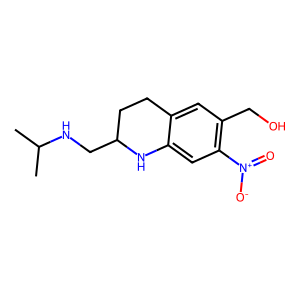
SMILES: CC(C)NCC1CCc2cc(CO)c([N+](=O)[O-])cc2N1
Inhibits HIV replication: No